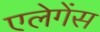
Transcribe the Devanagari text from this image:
एलेगेंस